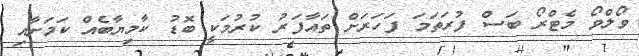
ވޯލްވޯ މެޓްރޯ ބަސް ފުރަތަމަ ފަހަރަށް ތައާފަރު ކުރުމަކީ ބޮޑު ކާމިޔާބެއް ކަމަށާއި